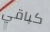
كباقي